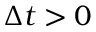
\Delta t > 0